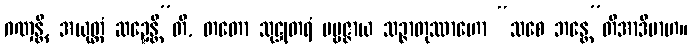
ဂဏှန္တိ, အယုတ္တံ ဆဍ္ဍေန္တီ”တိ, တတော သုဋ္ဌုတရံ ပဗ္ဗဇ္ဇာယ သဉ္ဇာတုဿာဟော “သစေ ဘန္တေ”တိအာဒိမာဟ။